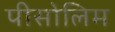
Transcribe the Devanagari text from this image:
पीसोलिम